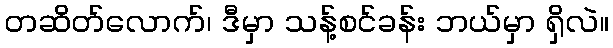
တဆိတ်လောက်၊ ဒီမှာ သန့်စင်ခန်း ဘယ်မှာ ရှိလဲ။